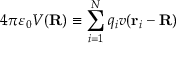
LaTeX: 4 \pi \varepsilon _ { 0 } V ( \mathbf { R } ) \equiv \sum _ { i = 1 } ^ { N } q _ { i } v ( \mathbf { r } _ { i } - \mathbf { R } )